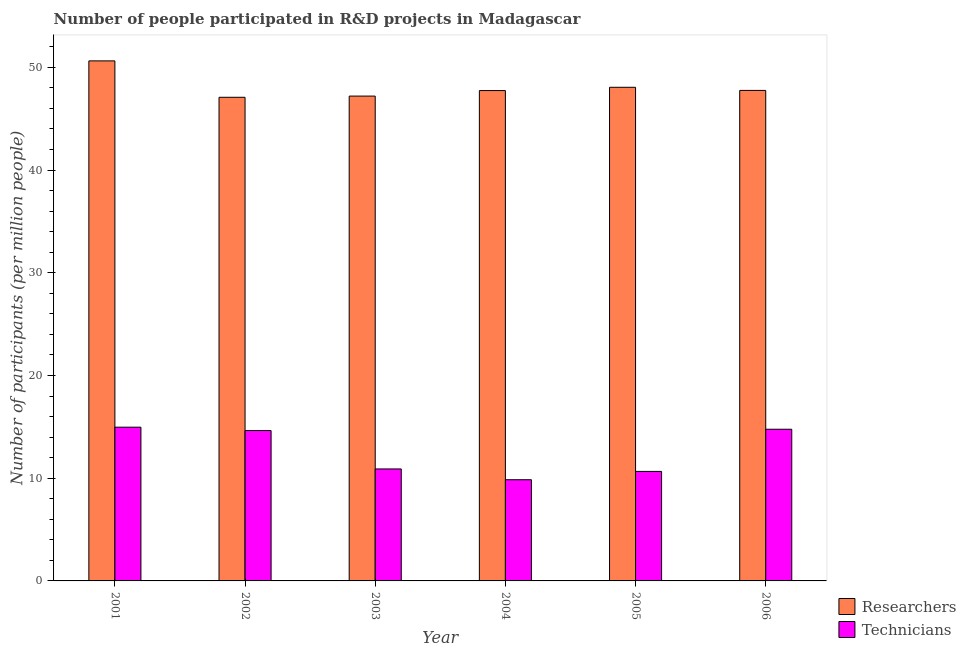
| Year | Researchers | Technicians |
 | --- | --- | --- |
 | 2001 | 50.6 | 15 |
 | 2002 | 47.1 | 14.6 |
 | 2003 | 47.2 | 10.9 |
 | 2004 | 47.7 | 9.85 |
 | 2005 | 48.1 | 10.7 |
 | 2006 | 47.8 | 14.8 |